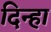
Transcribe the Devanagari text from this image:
दिन्हा